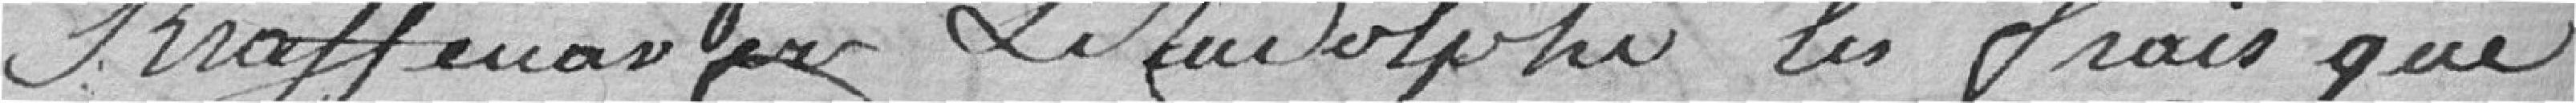
Kraffenauer Adophe les frais que